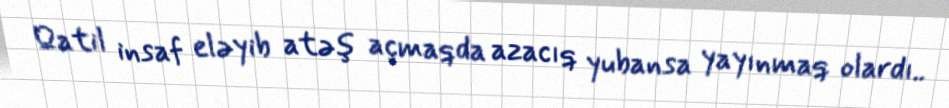
Qatil insaf eləyib atəş açmaqda azacıq yubansa yayınmaq olardı..